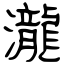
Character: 瀧